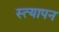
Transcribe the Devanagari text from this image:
स्त्यापन